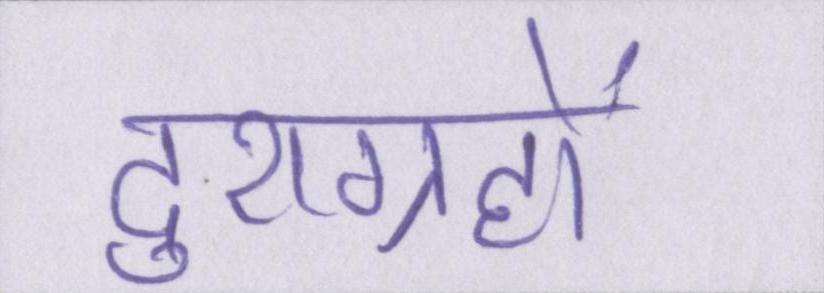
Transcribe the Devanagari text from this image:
दुराग्रहों